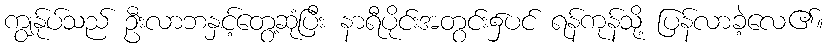
ကျွန်ုပ်သည် ဦးလာဘနှင့်တွေ့ဆုံပြီး နာရီပိုင်းအတွင်း၌ပင် ရန်ကုန်သို့ ပြန်လာခဲ့လေ၏။